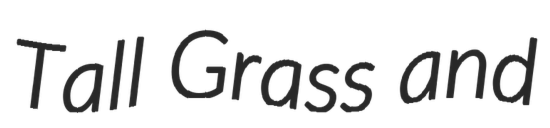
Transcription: Tall Grass and